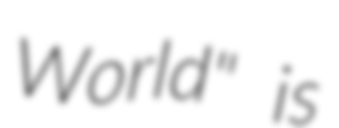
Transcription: World" is